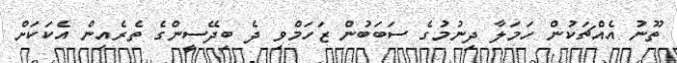
ތޫނު އެއްޗަކުން ހަމަލާ ދިނުމުގެ ސަބަބުން ޒަހަމްވި ދެ ބިދޭސީންގެ ތެރެއިން އެކަކަށް